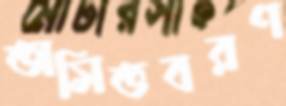
অসিতবরণ